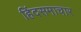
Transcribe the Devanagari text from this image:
हिंदसमाचार